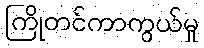
ကြိုတင်ကာကွယ်မှု